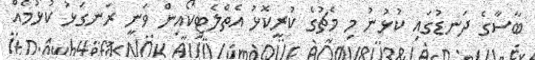
ބާސާގެ ދަނޑުގައި ކުޅުނު މި މެޗުގެ ކުރީކޮޅު އެތްލެޓިކޯއިން ވަނީ ރަނގަޅު ކުޅުމެއް